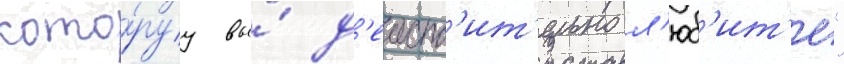
кото́руу вы́ д'еиств'ит'ельно л'юб'ит'е"